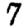
Digit: 7